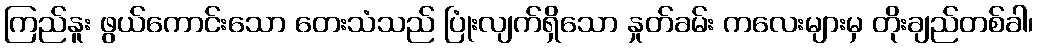
ကြည်နူး ဖွယ်ကောင်းသော တေးသံသည် ပြုံးလျက်ရှိသော နှုတ်ခမ်း ကလေးများမှ တိုးချည်တစ်ခါ၊